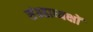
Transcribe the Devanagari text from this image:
संग्रहाध्यक्षों